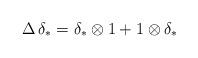
LaTeX: \begin{align*}\Delta \, \delta_* = \delta_* \otimes 1 + 1 \otimes \delta_* \end{align*}